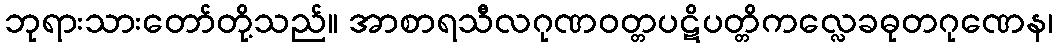
ဘုရားသားတော်တို့သည်။ အာစာရသီလဂုဏဝတ္တပဋိပတ္တိကလ္လေခဓုတဂုဏေန၊